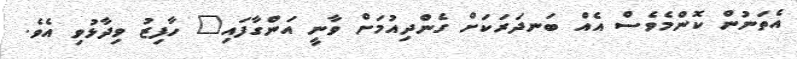
އެތަނުން ކޮންމެވެސް އެއް ބަނދަރަކަށް ގެންދިއުމަށް ވާނީ އަންގާފައި" ހާފިޒު ވިދާޅުވި އެވެ.